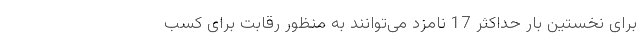
برای نخستین بار حداکثر 17 نامزد می‌توانند به منظور رقابت برای کسب